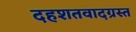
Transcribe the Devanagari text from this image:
दहशतवादग्रस्त